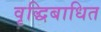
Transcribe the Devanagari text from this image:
वृद्धिबाधित